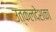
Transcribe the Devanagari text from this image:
उत्कलदेशका